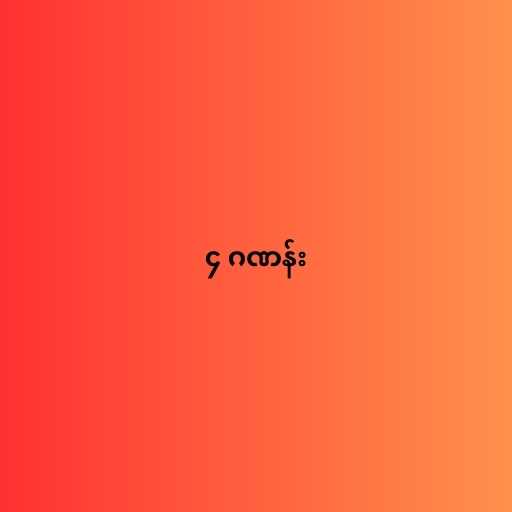
၄ ဂဏန်း